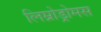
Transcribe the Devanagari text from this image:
लिम्नोड्रोमस